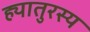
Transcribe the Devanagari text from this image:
ह्यातुरस्य